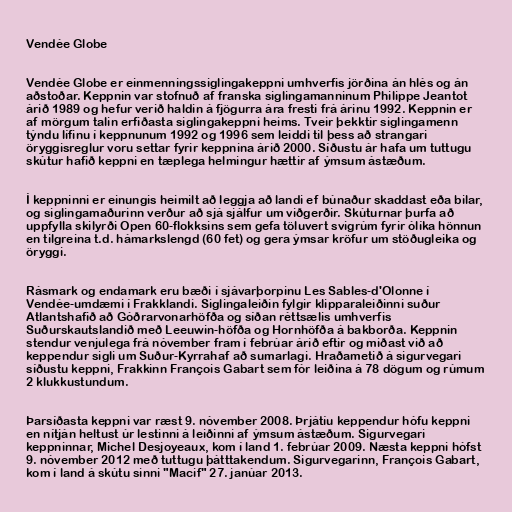
Vendée Globe

Vendée Globe er einmenningssiglingakeppni umhverfis jörðina án hlés og án
aðstoðar. Keppnin var stofnuð af franska siglingamanninum Philippe Jeantot
árið 1989 og hefur verið haldin á fjögurra ára fresti frá árinu 1992. Keppnin er
af mörgum talin erfiðasta siglingakeppni heims. Tveir þekktir siglingamenn
týndu lífinu í keppnunum 1992 og 1996 sem leiddi til þess að strangari
öryggisreglur voru settar fyrir keppnina árið 2000. Síðustu ár hafa um tuttugu
skútur hafið keppni en tæplega helmingur hættir af ýmsum ástæðum.

Í keppninni er einungis heimilt að leggja að landi ef búnaður skaddast eða bilar,
og siglingamaðurinn verður að sjá sjálfur um viðgerðir. Skúturnar þurfa að
uppfylla skilyrði Open 60-flokksins sem gefa töluvert svigrúm fyrir ólíka hönnun
en tilgreina t.d. hámarkslengd (60 fet) og gera ýmsar kröfur um stöðugleika og
öryggi.

Rásmark og endamark eru bæði í sjávarþorpinu Les Sables-d'Olonne í
Vendée-umdæmi í Frakklandi. Siglingaleiðin fylgir klipparaleiðinni suður
Atlantshafið að Góðrarvonarhöfða og síðan réttsælis umhverfis
Suðurskautslandið með Leeuwin-höfða og Hornhöfða á bakborða. Keppnin
stendur venjulega frá nóvember fram í febrúar árið eftir og miðast við að
keppendur sigli um Suður-Kyrrahaf að sumarlagi. Hraðametið á sigurvegari
síðustu keppni, Frakkinn François Gabart sem fór leiðina á 78 dögum og rúmum
2 klukkustundum.

Þarsíðasta keppni var ræst 9. nóvember 2008. Þrjátíu keppendur hófu keppni
en nítján heltust úr lestinni á leiðinni af ýmsum ástæðum. Sigurvegari
keppninnar, Michel Desjoyeaux, kom í land 1. febrúar 2009. Næsta keppni hófst
9. nóvember 2012 með tuttugu þátttakendum. Sigurvegarinn, François Gabart,
kom í land á skútu sinni "Macif" 27. janúar 2013.